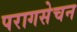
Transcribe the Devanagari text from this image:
परागसेचन